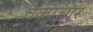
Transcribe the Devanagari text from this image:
वक्प्रचार